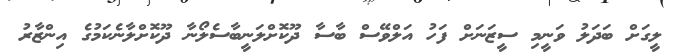
ލީގަށް ބަދަލު ވަނީމި ސީޒަނަށް ފަހު އަލްވޭސް ބާސާ ދޫކޮށްލަނީބާސެލޯނާ ދޫކޮށްލާނެކަމުގެ އިންޒާރު